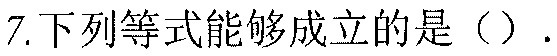
7.下列等式能够成立的是（  ）.